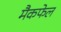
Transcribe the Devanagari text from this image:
मैकफेल